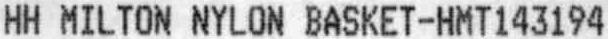
HH MILTON NYLON BASKET-HMT143194